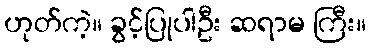
ဟုတ်ကဲ့။ ခွင့်ပြုပါဦး ဆရာမ ကြီး။